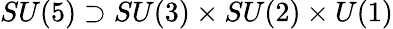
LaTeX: SU(5)\supset SU(3)\times SU(2)\times U(1)